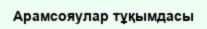
Арамсояулар тұқымдасы